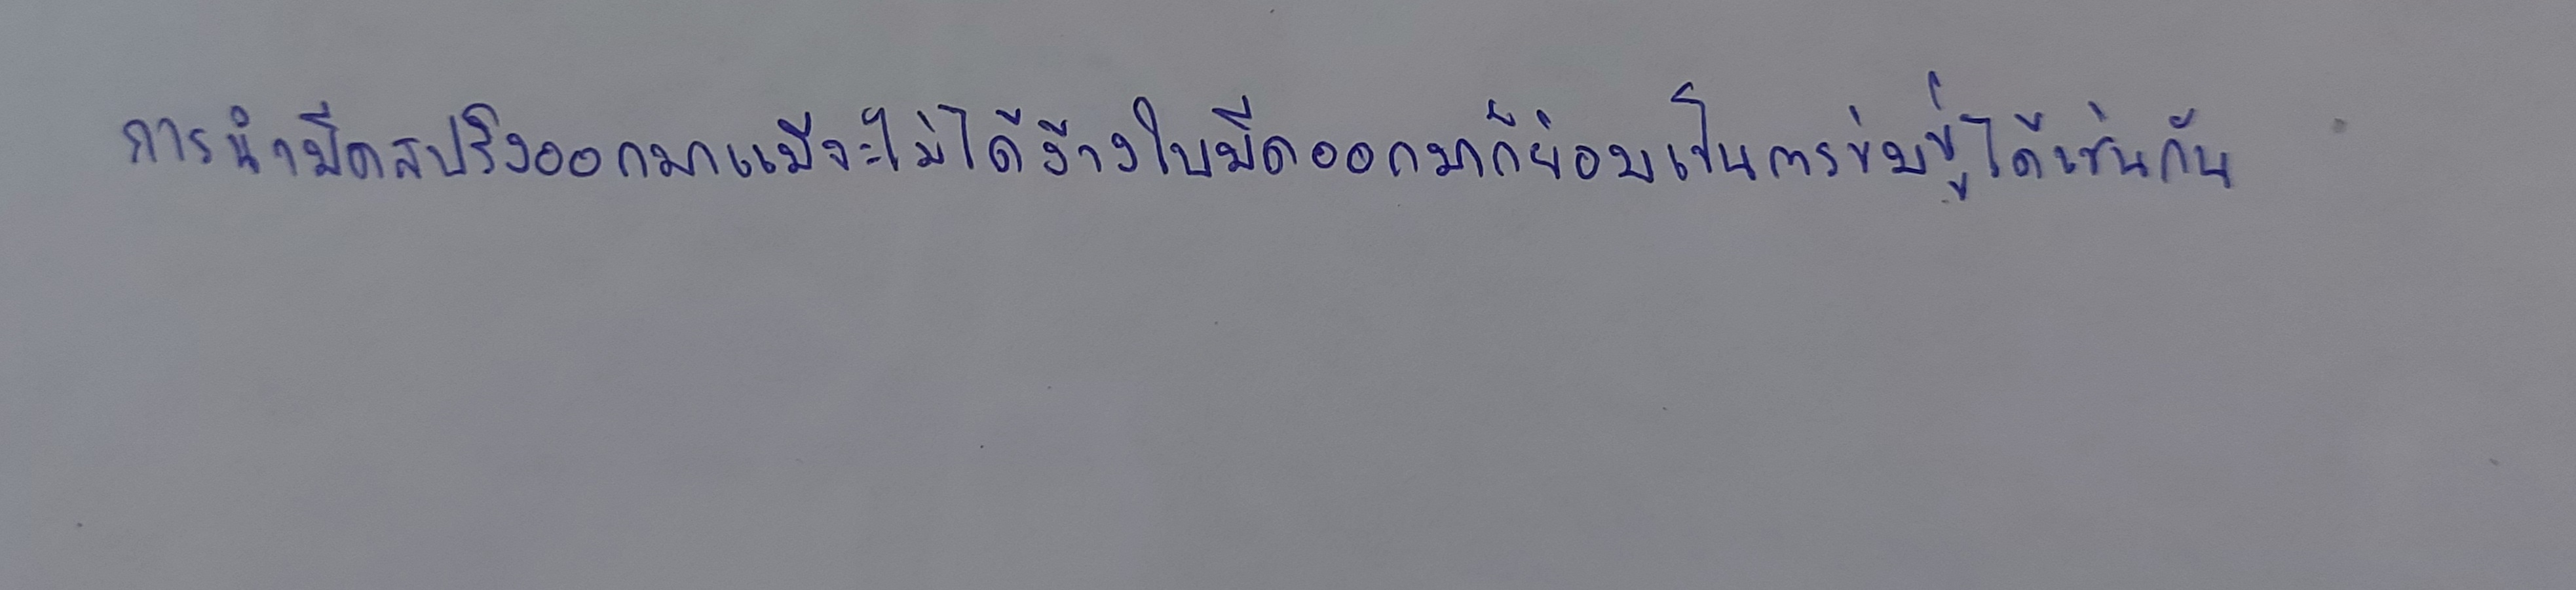
การนำมีดสปริงออกมาแม้จะไม่ได้ง้างใบมีดออกมาก็ย่อมเป็นการข่มขู่ได้เช่นกัน